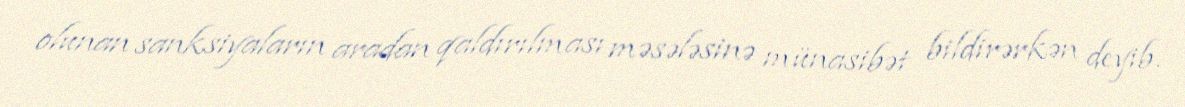
olunan sanksiyaların aradan qaldırılması məsələsinə münasibət bildirərkən deyib.